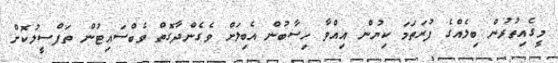
މީގެއިތުރުން ބިލެއްގެ ފުރަތަމަ ކިޔުން އިއްވާ ހިސާބުން އެބިލަށް ވެގެންދާގޮތް ވެބްސައިޓުން ތަފްސީލުކޮށް